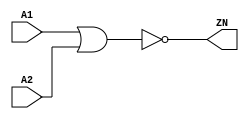
module NOR2_X1 (A1, A2, ZN);
  input A1;
  input A2;
  output ZN;
  not(ZN, i_10);
  or(i_10, A1, A2);
  specify
    (A1 => ZN) = (0.1, 0.1);
    (A2 => ZN) = (0.1, 0.1);
  endspecify
endmodule